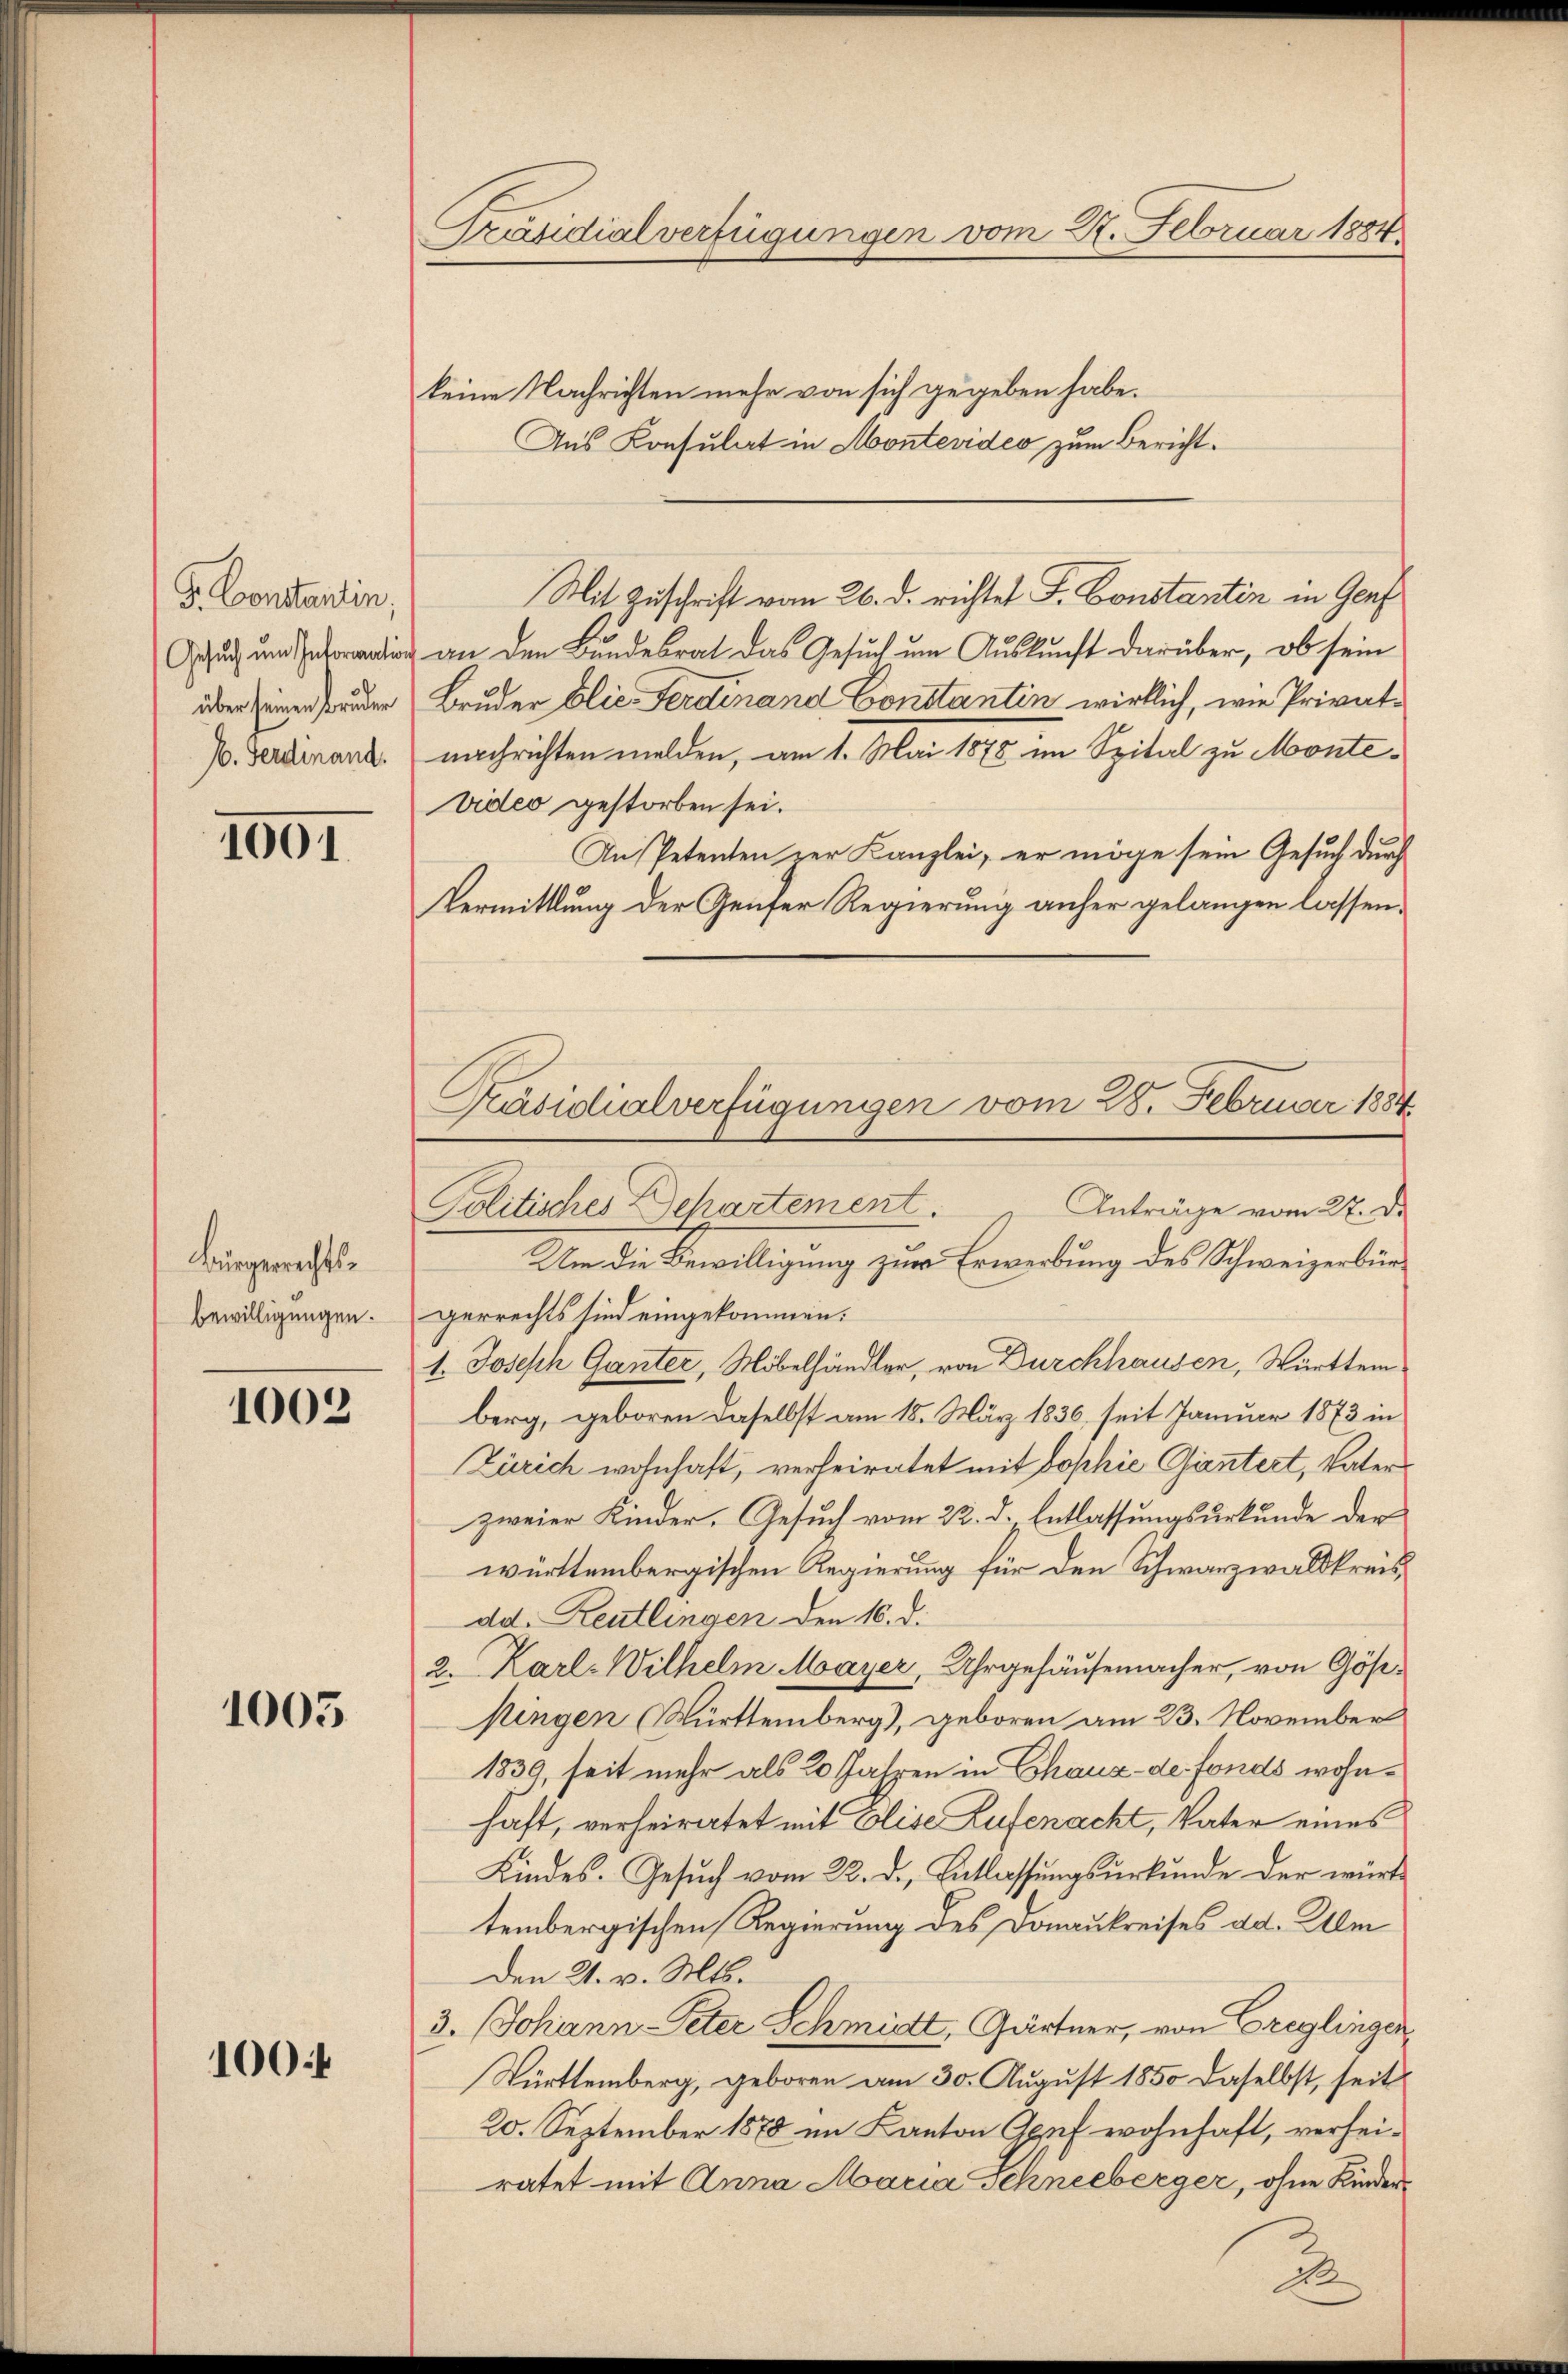
F. Constantin,
Gesuch um Information
über seinen Bruder
E. Ferdinand.

1001

Burgerrechtsbewilligungen.

1002

1005

1004

Präsidialverfügungen vom 27. Februar 1884

keine Nachrichten mehr von sich gegeben habe.
Aus Konsulat in Montevideo zum Bericht.
an den Bundesrat das Gesuch um Auskunft darüber, ob sein
Bruder blic. Ferdinand Constantin wirklich, wie Privatnachrichten melden, am 1. Mai 1878 im Spital zu Montevideo gestorben sei.
An Petenten der Kanzlei, er möge sein Gesuch durch
Vermittlung der Genfer Regierung anher gelangen lassen.
Anträge vom 27. De
Politisches Departement.
Um die Bewilligung zur Erwerbung des Schweizerbürgerrechts sind eingekommen.
1. Joseph Ganter, Möbelhändler, von Durchhausen, Württem
berg, geboren daselbst am 18. März 1836, seit Januar 1873 in
Zürich wohnhaft, verheiratet mit Sophie Gantert, Vater
zweier Kinder. Gesuch vom 22. d. Entlassungsurkunde der
württembergischen Regierung für den Schwarzwaldkreis
dd. Reutlingen den 16. d.
2. Karl Wilhelm Mayer, Uhrgehäusemacher, von Göß¬
Ningen Württemberg), geboren am 23. November
1839, seit mehr als 20 Jahren in Chaux-de fonds wohnhaft, verheiratet mit Elise Lufenacht, Vater eines
Kindes. Gesuch vom 22. d. Entlassungsurkunde der württembergischen Regierung des Donaukreises ad. Alm
Den 21. v. Mts.
3. Johann Peter Schmidt, Gärtner, von Creglinger
Württemberg, geboren am 30. August 1850 daselbst, seit
20. September 1878 im Kanton Genf wohnhaft, verheiratet mit Anna Maria Schneeberger, ohne Kinder¬

Mit Zuschrift vom 26. d. richtet S. Constantin in Genf

Präsidialverfügungen vom 28. Februar 1884